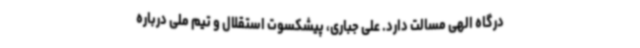
درگاه الهی مسالت دارد. علی جباری، پیشکسوت استقلال و تیم ملی درباره